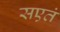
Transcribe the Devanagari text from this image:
सएतं